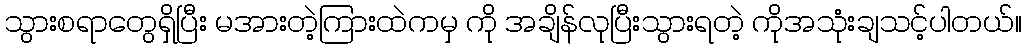
သွားစရာတွေရှိပြီး မအားတဲ့ကြားထဲကမှ ကို အချိန်လုပြီးသွားရတဲ့ ကိုအသုံးချသင့်ပါတယ်။